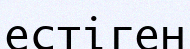
естіген